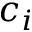
c _ { i }